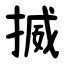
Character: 揻